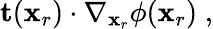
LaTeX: \mathbf{t}(\mathbf{x}_{r})\cdot\nabla_{\mathbf{x}_{r}}\phi(\mathbf{x}_{r})\; ,